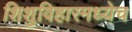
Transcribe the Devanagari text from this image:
शिशुविहारमध्येच